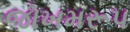
જોખમરૂપ